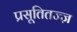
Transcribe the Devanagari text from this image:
प्रसूतितज्ज्ञ